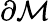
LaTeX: \partial\mathcal{M}